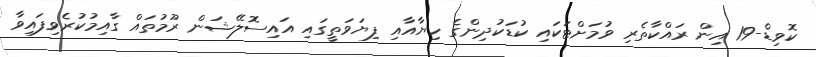
ކޮވިޑް-19 އިން ރައްކާތެރި ވުމަށްޓަކައި ކުޑަކުދިންގެ ހިޔާއާއި ފިޔަވަތީގައި އައިސޮލޭޝަން ރޫމުތައް ގާއިމުކުރެވިފައިވާ